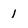
Character: 1